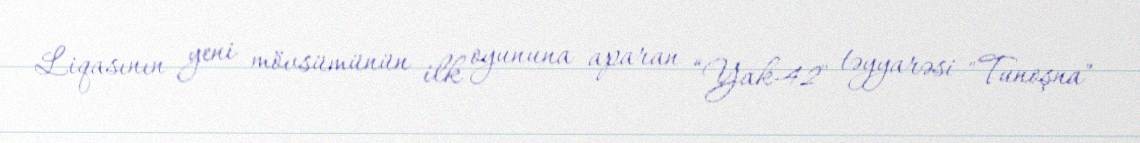
Liqasının yeni mövsümünün ilk oyununa aparan “Yak-42" təyyarəsi "Tunoşna"